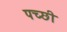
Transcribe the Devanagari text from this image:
पच्‍छी